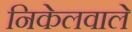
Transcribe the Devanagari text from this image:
निकेलवाले